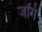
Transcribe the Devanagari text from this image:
जोंगं